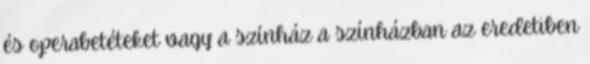
és operabetéteket vagy a színház a színházban az eredetiben